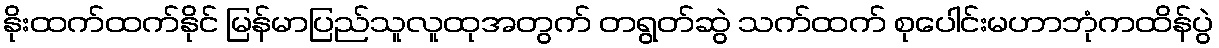
နိုးထက်ထက်နိုင် မြန်မာပြည်သူလူထုအတွက် တရွတ်ဆွဲ သက်ထက် စုပေါင်းမဟာဘုံကထိန်ပွဲ